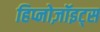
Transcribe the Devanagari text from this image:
हिप्नोज़ॉइट्स